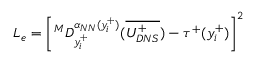
L _ { e } = \left[ ^ M D _ { y _ { i } ^ { + } } ^ { \alpha _ { N N } ( y _ { i } ^ { + } ) } ( \overline { { U _ { D N S } ^ { + } } } ) - \tau ^ { + } ( y _ { i } ^ { + } ) \right] ^ { 2 }